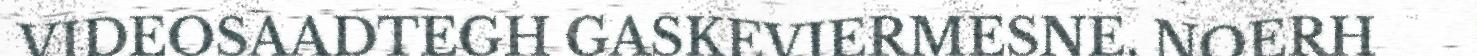
VIDEOSAADTEGH GASKEVIERMESNE. NOERH